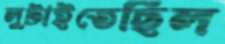
লুটাইতেছিল